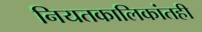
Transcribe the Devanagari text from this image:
नियतकालिकांतही